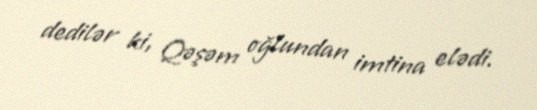
dedilər ki, Qəşəm oğlundan imtina elədi.